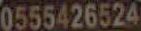
0555426524